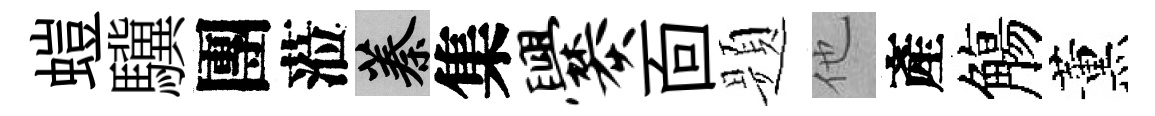
螘驥團蒞蓁集爨靣题他產觴薰